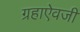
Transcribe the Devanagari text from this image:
ग्रहाऐवजी